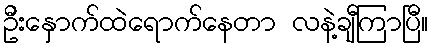
ဦးနှောက်ထဲရောက်နေတာ လနဲ့ချီကြာပြီ။